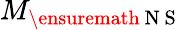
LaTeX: M_{\ensuremath{\mathrm{~N~S~}}}